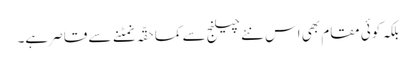
بلکہ کوئی مقام بھی اس نئے چیلنج سے کماحقّہ نمٹنے سے قاصر ہے۔